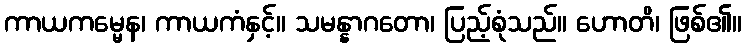
ကာယကမ္မေန၊ ကာယကံနှင့်။ သမန္နာဂတော၊ ပြည့်စုံသည်။ ဟောတိ၊ ဖြစ်၏။